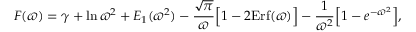
F ( \varpi ) = \gamma + \ln \varpi ^ { 2 } + E _ { 1 } ( \varpi ^ { 2 } ) - { \frac { \sqrt { \pi } } { \varpi } } \Big [ 1 - 2 \mathrm { E r f } ( \varpi ) \Big ] - { \frac { 1 } { \varpi ^ { 2 } } } \Big [ 1 - e ^ { - \varpi ^ { 2 } } \Big ] ,